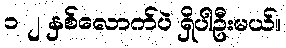
၁ ၂ နှစ်လောက်ပဲ ရှိပါဦးမယ်။